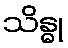
သိန္ဓု